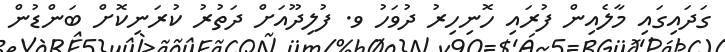
ގަދައިގައި މާލެއިން ފުރައި ހޮނިހިރު ދުވަހު ވ. ފުލިދޫއަށް ދަތުރު ކުރަނިކޮށް ބަންޑުން